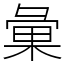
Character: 𢑥